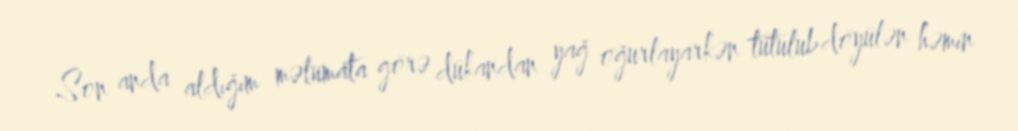
Son anda aldığım məlumata görə dükandan yağ oğurlayarkən tutulub döyülən həmin